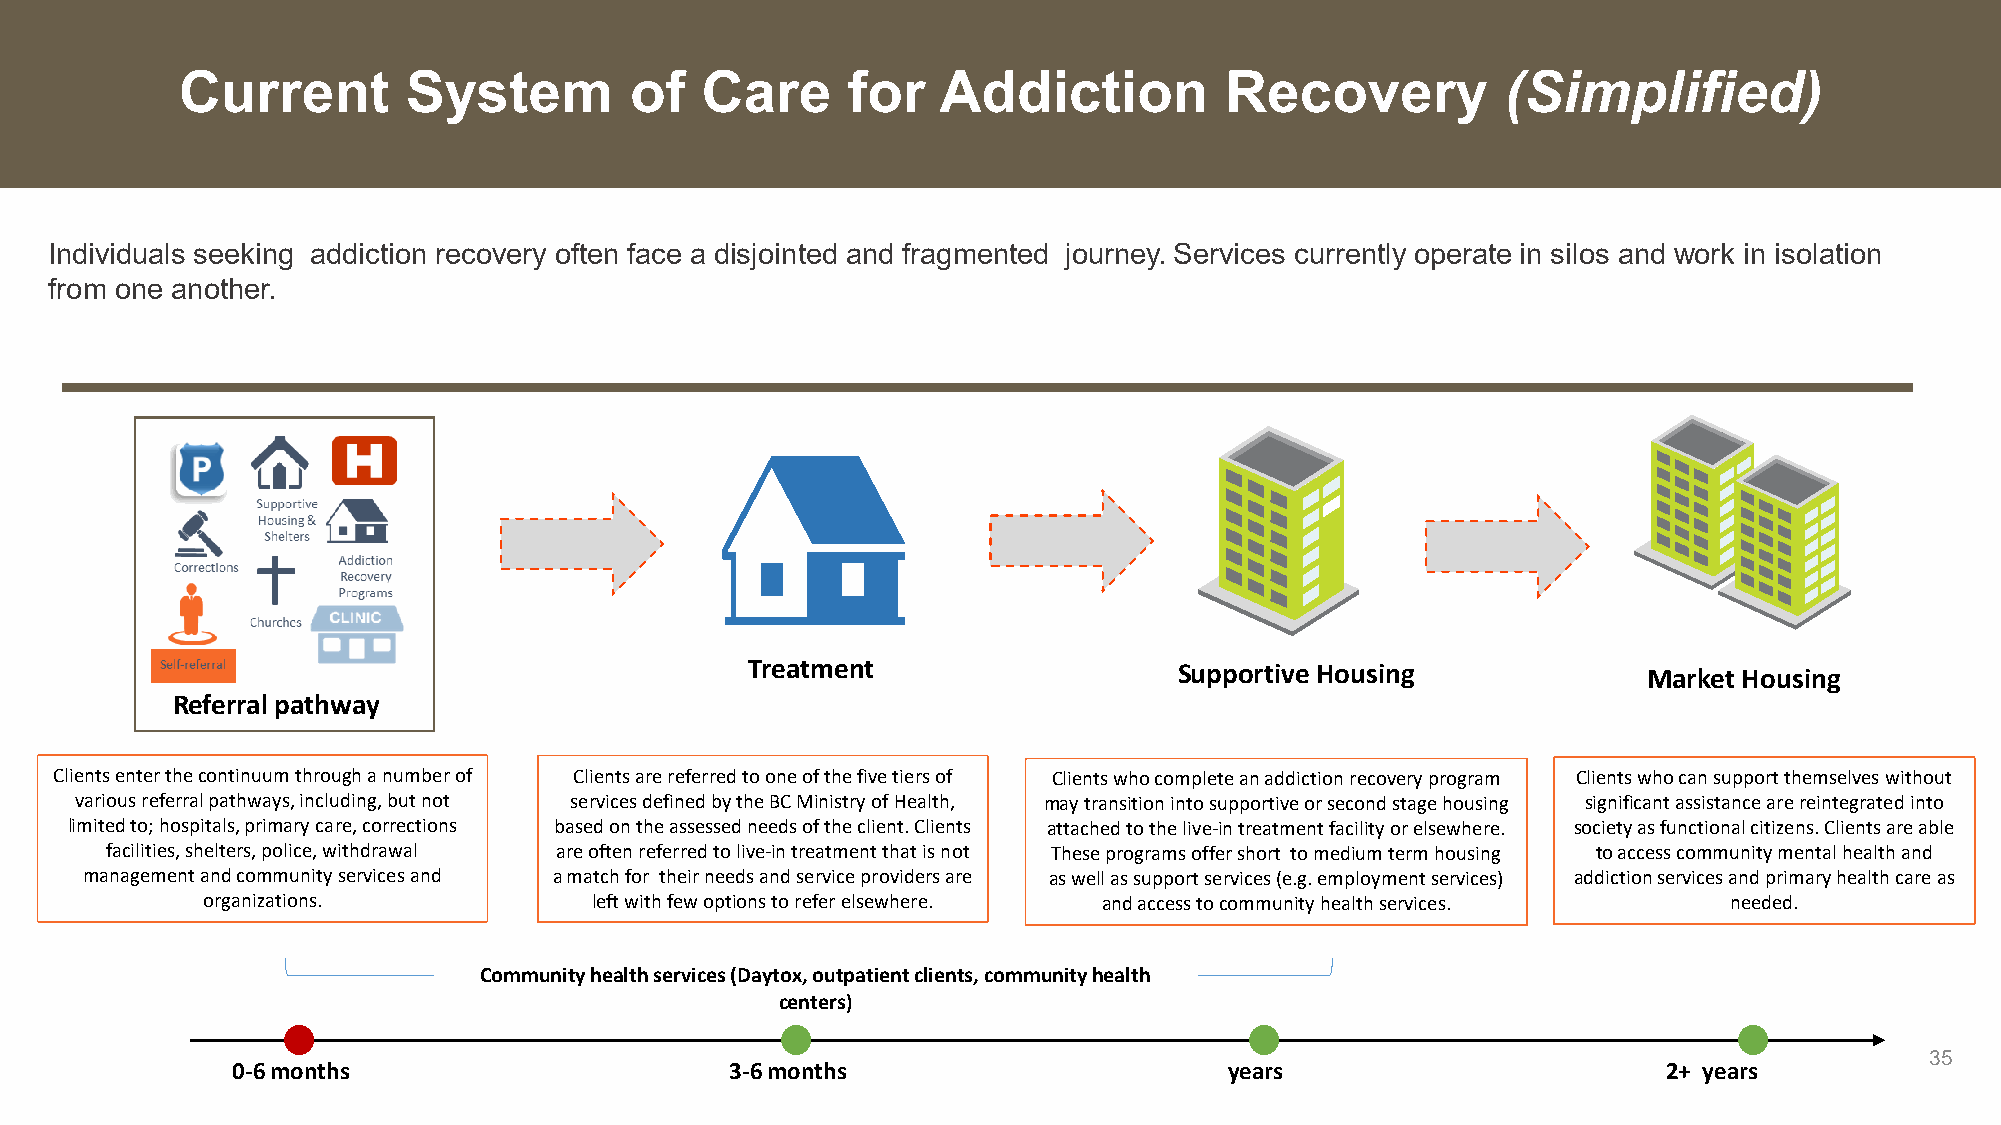
Current        System         of  Care      for   Addiction          Recovery           (Simplified)
 Individuals seeking addiction recovery often face a disjointed and fragmented journey. Services currently operate in silos and work in isolation
 from one another.
 Treatment                    Supportive Housing             Market Housing
 Referral pathway
 Clients enter the continuum through a number of Clients are referred to one of the five tiers of Clients who complete an addiction recovery program Clients who can support themselves without
 various referral pathways, including, but not services defined by the BC Ministry of Health, may transition into supportive or second stage housing significant assistance are reintegrated into
 limited to; hospitals, primary care, corrections based on the assessed needs of the client. Clients attached to the live-in treatment facility or elsewhere. society as functional citizens. Clients are able
 facilities, shelters, police, withdrawal are often referred to live-in treatment that is not These programs offer short to medium term housing to access community mental health and
 management and community services and a match for their needs and service providers are as well as support services (e.g. employment services) addiction services and primary health care as
 organizations.            left with few options to refer elsewhere. and access to community health services. needed.
 Community health services (Daytox, outpatient clients, community health
 centers)
 35
 0-6 months                       3-6 months                       years                        2+ years